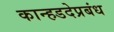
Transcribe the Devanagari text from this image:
कान्हडदेप्रबंध